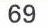
69